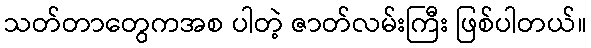
သတ်တာတွေကအစ ပါတဲ့ ဇာတ်လမ်းကြီး ဖြစ်ပါတယ်။